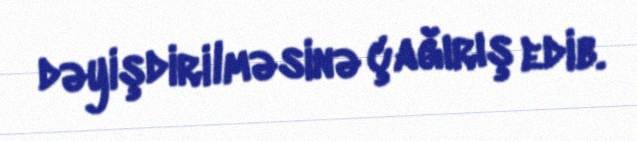
dəyişdirilməsinə çağırış edib.